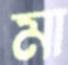
মা